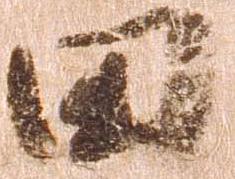
田